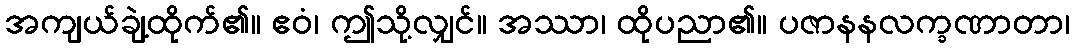
အကျယ်ချဲ့ထိုက်၏။ ဧဝံ၊ ဤသို့လျှင်။ အဿာ၊ ထိုပညာ၏။ ပဇာနနလက္ခဏာတာ၊